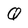
Character: Q